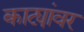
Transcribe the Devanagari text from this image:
काट्यांवर